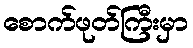
စောက်ဖုတ်ကြီးမှာ